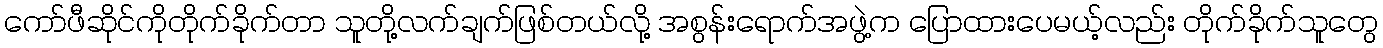
ကော်ဖီဆိုင်ကိုတိုက်ခိုက်တာ သူတို့လက်ချက်ဖြစ်တယ်လို့ အစွန်းရောက်အဖွဲ့က ပြောထားပေမယ့်လည်း တိုက်ခိုက်သူတွေ